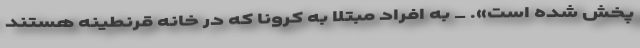
پخش شده است». _ به افراد مبتلا به کرونا که در خانه قرنطینه هستند